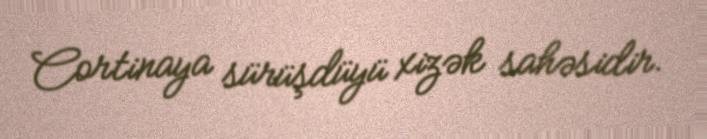
Cortinaya sürüşdüyü xizək sahəsidir.